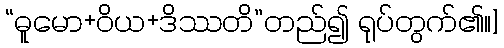
“ဓူမော+ဝိယ+ဒိဿတိ”တည်၍ ရုပ်တွက်၏။]